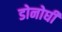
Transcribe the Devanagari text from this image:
डोनोघी